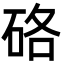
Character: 硌